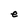
Character: e